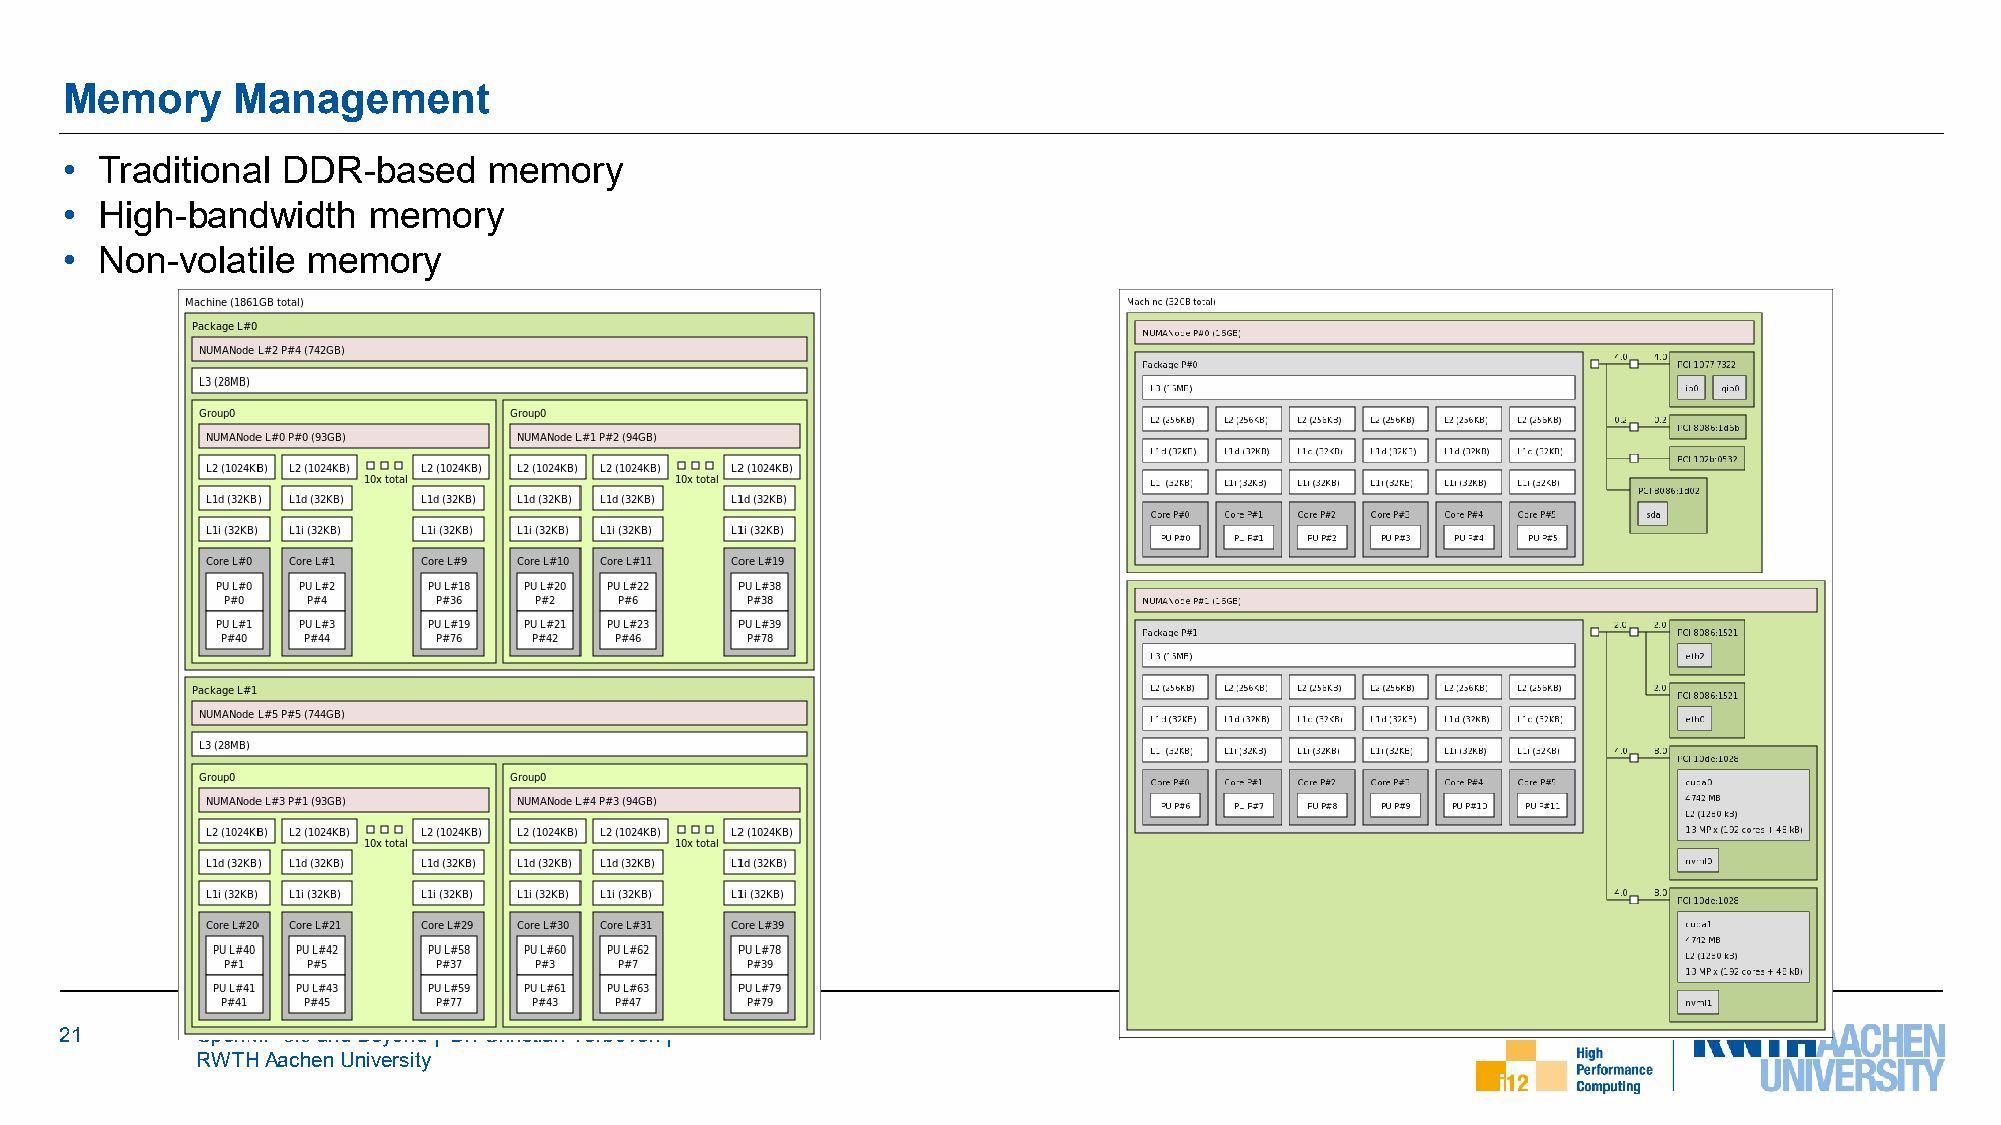
Memory     Management
 •  Traditional DDR-based    memory
 •  High-bandwidth   memory
 •  Non-volatile memory
 21       OpenMP 5.0 and Beyond | Dr. Christian Terboven|
 RWTH Aachen University